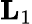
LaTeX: \mathbf{L}_{1}